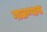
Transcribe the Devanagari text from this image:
गाळण्यास